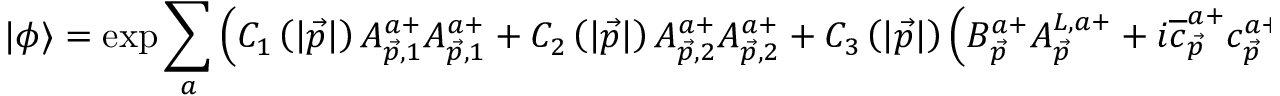
| \phi \rangle = \exp \sum _ { a } \left( C _ { 1 } \left( \left| \vec { p } \right| \right) A _ { \vec { p } , 1 } ^ { a + } A _ { \vec { p } , 1 } ^ { a + } + C _ { 2 } \left( \left| \vec { p } \right| \right) A _ { \vec { p } , 2 } ^ { a + } A _ { \vec { p } , 2 } ^ { a + } + C _ { 3 } \left( \left| \vec { p } \right| \right) \left( B _ { \vec { p } } ^ { a + } A _ { \vec { p } } ^ { L , a + } + i \overline { { { c } } } _ { \vec { p } } ^ { a + } c _ { \vec { p } } ^ { a + } \right) \right) \mid 0 \rangle